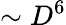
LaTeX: \sim D^{6}